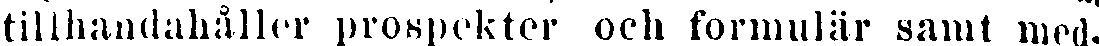
tillhandahåller prospekter och formulär samt med-